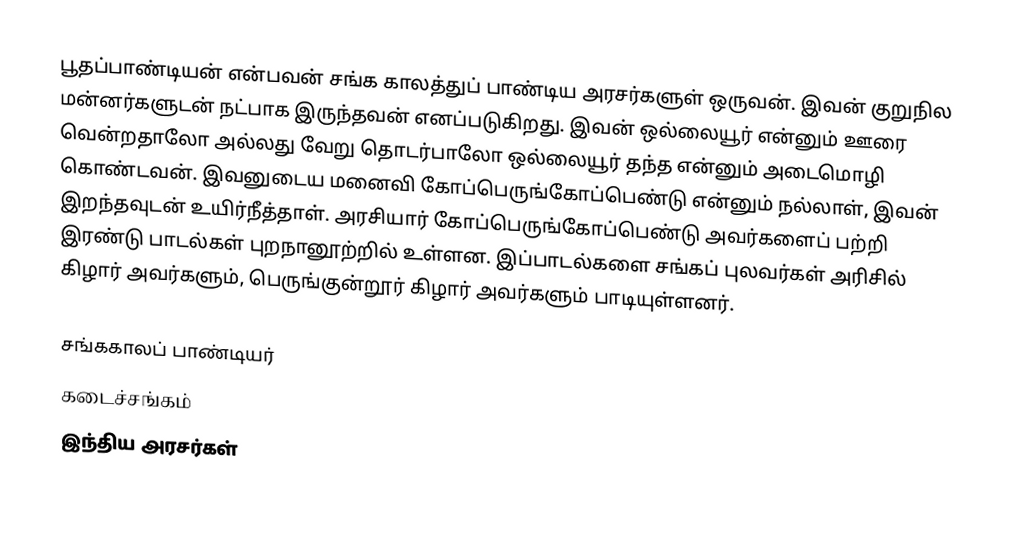
பூதப்பாண்டியன் என்பவன் சங்க காலத்துப் பாண்டிய அரசர்களுள் ஒருவன். இவன் குறுநில மன்னர்களுடன் நட்பாக இருந்தவன் எனப்படுகிறது. இவன் ஒல்லையூர் என்னும் ஊரை வென்றதாலோ அல்லது வேறு தொடர்பாலோ ஒல்லையூர் தந்த என்னும் அடைமொழி கொண்டவன். இவனுடைய மனைவி கோப்பெருங்கோப்பெண்டு என்னும் நல்லாள், இவன் இறந்தவுடன் உயிர்நீத்தாள். அரசியார் கோப்பெருங்கோப்பெண்டு அவர்களைப் பற்றி இரண்டு பாடல்கள் புறநானூற்றில் உள்ளன. இப்பாடல்களை சங்கப் புலவர்கள் அரிசில் கிழார் அவர்களும், பெருங்குன்றூர் கிழார் அவர்களும் பாடியுள்ளனர்.

சங்ககாலப் பாண்டியர்
கடைச்சங்கம்
இந்திய அரசர்கள்